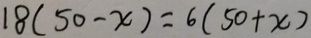
1 8 ( 5 0 - x ) = 6 ( 5 0 + x )